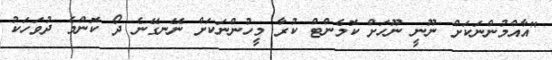
"އާއްމުންނަކަށް ނޫނީ ނޫހަށް ކޮމެންޓް ކުރާ މީހުންނަކަށް ނޭނގޭނެ ދޯ ކޮންމެ ދުވަހަކު